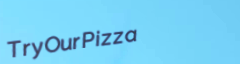
TryOurPizza